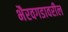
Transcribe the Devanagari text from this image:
भैरवगडावरील